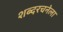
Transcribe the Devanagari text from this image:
शब्दरचनेला